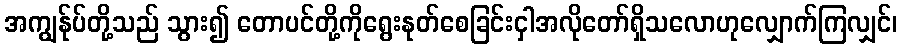
အကျွန်ုပ်တို့သည် သွား၍ တောပင်တို့ကိုရွေးနုတ်စေခြင်းငှါအလိုတော်ရှိသလောဟုလျှောက်ကြလျှင်၊